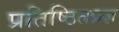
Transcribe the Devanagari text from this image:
प्रतिष्ठितप्रज्ञ